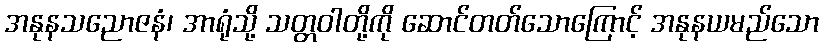
အနုနသညောဇနံ၊ အာရုံသို့ သတ္တဝါတို့ကို ဆောင်တတ်သောကြောင့် အနုနယမည်သော